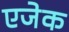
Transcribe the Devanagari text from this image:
एजेक